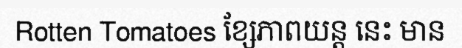
Rotten Tomatoes ខ្សែភាពយន្ត នេះ មាន